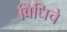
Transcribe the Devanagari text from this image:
विधिचे